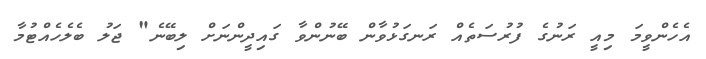
އެހެންވީމަ މިއީ ރަނުގެ ފުރުސަތެއް ރަނގަޅުވާން ބޭނުންވާ ގައިދީންނަށް ލިބޭނެ" ޖަލު ބެލެހެއްޓުމާ